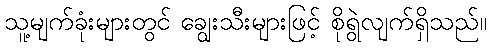
သူ့မျက်ခုံးများတွင် ချွေးသီးများဖြင့် စိုရွဲလျက်ရှိသည်။